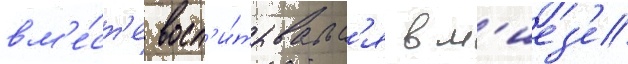
вм'е́ст'е восп'и́тывалс'я в м'иез'е